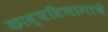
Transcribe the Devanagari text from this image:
काव्यविभागाचे